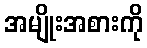
အမျိုးအစားကို